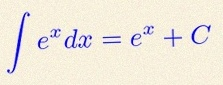
\int e^x dx=e^x+C